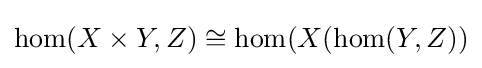
\operatorname {hom} (X\times Y,Z)\cong \operatorname {hom} (X(\operatorname {hom} (Y,Z))